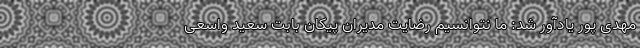
مهدی پور یادآور شد: ما نتوانسیم رضایت مدیران پیکان بابت سعید واسعی